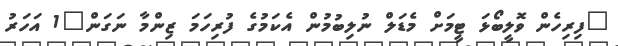
"ފިރިހެން ވޮލީބޯޅަ ޓީމަށް މެޑަލް ނުލިބުމުން އެކަމުގެ ފުރިހަމަ ޒިންމާ ނަގަން"1 އަހަރު